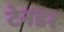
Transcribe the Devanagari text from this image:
टेनडर